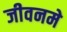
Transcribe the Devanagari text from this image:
जीवनमे